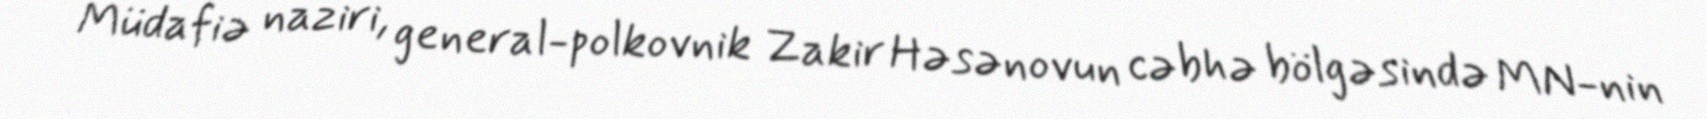
Müdafiə naziri, general-polkovnik Zakir Həsənovun cəbhə bölgəsində MN-nin